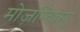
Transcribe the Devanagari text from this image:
मोज़म्बिक़्यु